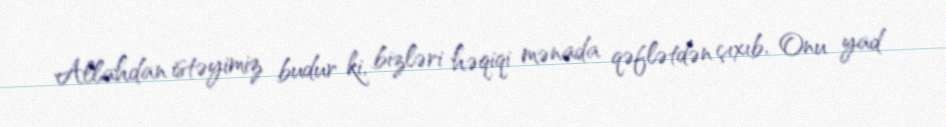
Allahdan istəyimiz budur ki, bizləri həqiqi mənada qəflətdən çıxıb, Onu yad